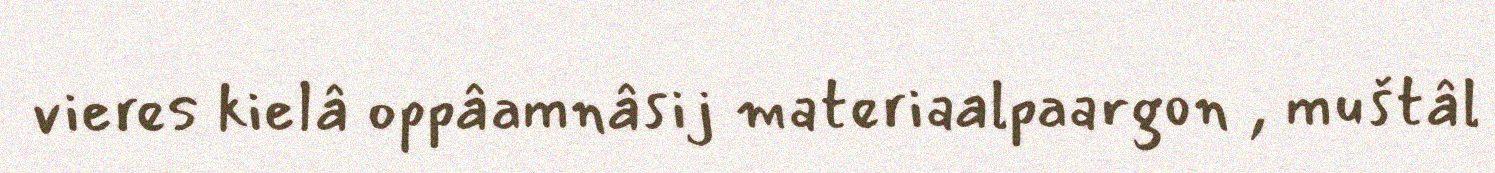
vieres kielâ oppâamnâsij materiaalpaargon , muštâl